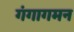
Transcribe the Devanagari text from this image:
गंगागमन